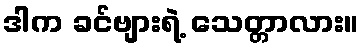
ဒါက ခင်ဗျားရဲ့ သေတ္တာလား။